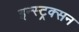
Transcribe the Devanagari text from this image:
इन्स्ट्रक्सन